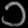
Digit: ၁